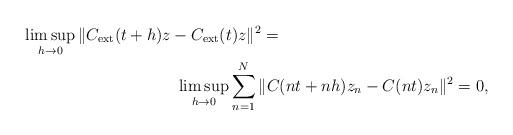
LaTeX: \begin{align*} \limsup_{h\rightarrow 0} \| C_{\mathrm{ext}} (t+h) z &-C_{\mathrm{ext}} (t) z \|^2 = \\ &\ \limsup_{h\rightarrow 0} \sum_{n=1}^{N} \| C (nt+nh) z_n -C (nt) z_n \|^2 =0, \end{align*}